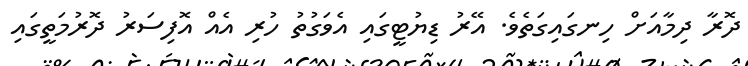
ދޮރާ ދިމާއަށް ހިނގައިގަތެވެ. އޭރު ޑިޔުޓީގައި އެވަގުތު ހުރި އެއް އޮފިސަރު ދޮރުމަތީގައި